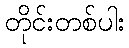
တိုင်းတစ်ပါး